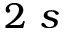
2 \ s